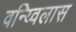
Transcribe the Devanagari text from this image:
वन्य्विलास